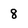
Character: 8